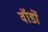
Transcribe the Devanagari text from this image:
वॉर्डो